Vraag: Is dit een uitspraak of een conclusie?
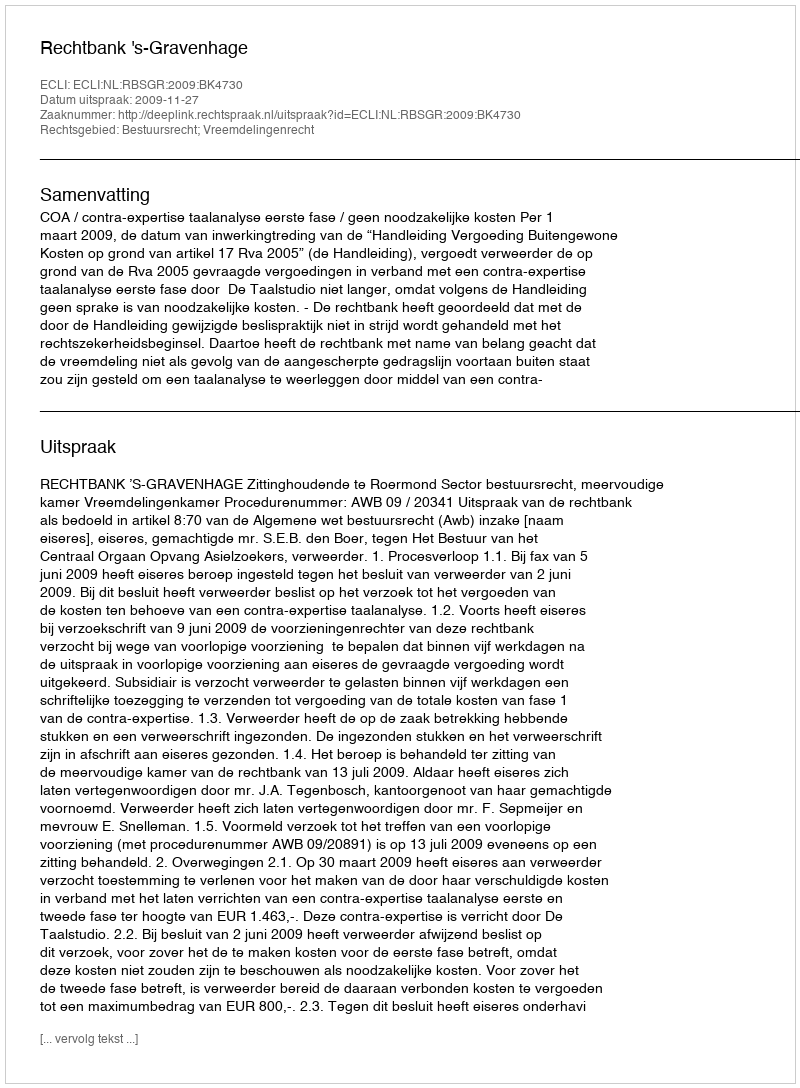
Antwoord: Uitspraak